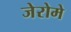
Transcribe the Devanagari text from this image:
जेरोमे